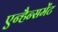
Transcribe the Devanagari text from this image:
एन्हैन्समेंट